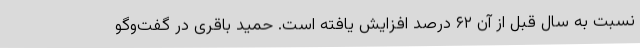
نسبت به سال قبل از آن ۶۲ درصد افزایش یافته است. حمید باقری در گفت‌وگو